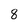
Character: 8